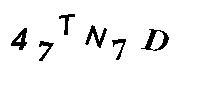
47TN7D